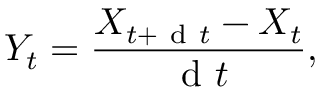
Y _ { t } = \frac { X _ { t + \mathrm { ~ d ~ } t } - X _ { t } } { \mathrm { ~ d ~ } t } ,